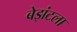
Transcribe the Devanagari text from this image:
बेझंटला